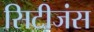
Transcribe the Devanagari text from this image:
सिटीजंस